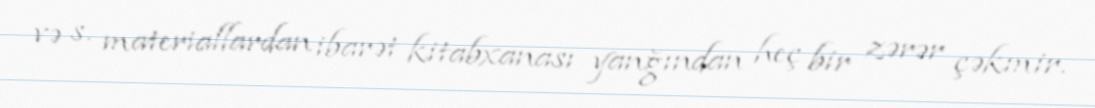
və s. materiallardan ibarət kitabxanası yanğından heç bir zərər çəkmir.